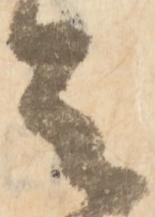
之